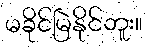
မခိုင်မြဲနိုင်ဘူး။